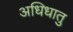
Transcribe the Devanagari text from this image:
अधिधातु